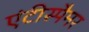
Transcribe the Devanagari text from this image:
एंटीस्पैमर